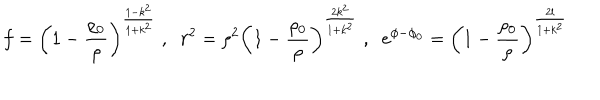
f = \left( 1 - \frac { \rho _ { 0 } } { \rho } \right) ^ { \frac { 1 - k ^ { 2 } } { 1 + k ^ { 2 } } } \; , \; \; r ^ { 2 } = \rho ^ { 2 } \left( 1 - \frac { \rho _ { 0 } } { \rho } \right) ^ { \frac { 2 k ^ { 2 } } { 1 + k ^ { 2 } } } \; , \; \; e ^ { \phi - \phi _ { 0 } } = \left( 1 - \frac { \rho _ { 0 } } { \rho } \right) ^ { \frac { 2 l } { 1 + k ^ { 2 } } }